Report on vaccination in Madras 1922-1929 - 1922-1929
Year: 1922
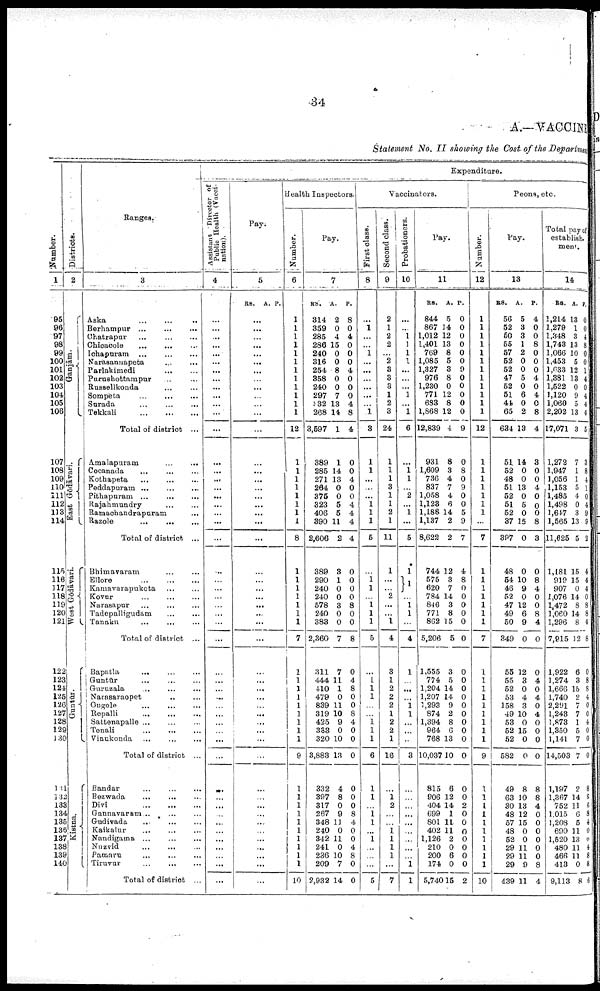
34
A.—VACCINE
Statement No. II showing the Cost of the Department
Number.
1
95
96
97
98
99
100
101
102
103
104
105
106
107
108
109
110
111
112
113
114
115
116
117
118
119
120
121
122
123
124
125
126
127
128
129
130
131
132
133
134
135
136
137
138
139
140
Districts.
2
Ganjām.
East Gōdāvari.
West Gōdāvari.
Guntūr.
Kistna.
Ranges.
3
Aska
...
...
...
Berhampur ...
...
...
Chatrapur ...
...
...
Chicacole ... ... ...
Ichapuram ... ... ...
Narasannapeta ... ...
Parlakimedi
...
...
...
Purushottampur ... ...
Russellkonda ... ...
Sompeta ... ... ...
Surada ... ... ...
Tekkali
...
...
...
Total of district ...
Amalapuram
...
...
Cocanada
...
... ...
Kothapeta
...
...
...
Peddapuram
...
...
...
Pithapuram ...
...
...
Rajahmundry ... ... ...
Ramachandrapuram ...
Razole
...
...
...
Total of district ...
Bhimavaram ... ...
Ellore
...
...
...
Kamavarapukota ... ...
Kovur
...
...
...
Narasapur
...
...
...
Tadepalligudam ... ...
Tanaku
...
...
...
Total of district ...
Bapatla
...
...
...
Guntūr
...
...
...
Guruzala ... ... ...
Narasaraopet
..
...
Ongole ... ... ...
Repalli
...
...
...
Sattenapalle ... ... ...
Tenali
...
...
...
Vinukonda ...
...
...
Total of district ...
Bandar
...
...
...
Bezwada
...
...
...
Divi ... ... ...
Gannavaram ... ... ...
Gudivada
...
...
...
Kaikalur
...
...
...
Nandigama ...
...
...
Nuzvid ... ... ...
Pamaru
...
...
...
Tiruvar
...
...
...
Total of district ...
Expenditure.
Assistant Director of
Public Health (Vacci
nation).
4
...
...
...
...
...
...
...
...
...
...
...
...
...
...
...
...
...
...
...
...
...
...
...
...
...
...
...
...
...
...
...
...
... ...
...
...
...
...
...
...
...
...
...
...
...
... ...
...
...
...
...
Pay.
5
RS. A. P.
...
...
...
...
...
...
...
...
...
...
...
...
...
...
...
...
...
...
...
...
...
...
...
...
...
...
...
...
...
...
...
...
...
...
...
...
...
...
...
...
...
...
...
...
...
...
...
...
...
...
...
Health Inspectors.
Number.
6
1
1
1
1
1
1
1
1
1
1
1
1
12
1
1
1
1
1
1
1
1
8
1
1
1
1
1
1
1
7
1
1
1
1
1
1
1
1
1
9
1
1
1
1
1
1
1
1
1
1
10
Pay.
7
RS.
314
359
285
286
240
316
254
358
240
297
332
268
3,597
389
285
271
264
375
323
406
390
2,606
389
290
240
240
578
240
383
2,360
311
444
410
479
839
319
425
333
320
3,883
332
397
317
267
348
240
342
241
236
209
2,932
A.
2
0
4
15
0
0
8
0
0
7
13
14
1
1
14
13
0
0
5
5
11
2
3
1
0
0
3
0
0
7
7
11
1
0
11
10
9
0
10
13
4
8
0
9
11
0
11
0
10
7
14
P.
8
0
4
0
0
0
4
0
0
0
4
8
4
0
0
4
0
0
4
4
4
4
0
0
0
0
8
0
0
8
0
4
8
0
0
8
4
0
0
0
0
0
0
8
4
0
0
4
8
0
0
Vaccinators.
First class.
8
...
1
...
...
1
...
...
...
...
...
...
1
3
1
1
...
...
...
1
1
1
5
...
1
1
...
1
1
1
5
...
1
1
1
...
...
1 1
1
6
1
1
...
1 1
...
1
...
...
...
5
Second class.
9
2
1
2
2
...
2
3
3
3
1
2
3
24
1
1
1
3
1
1
2
1
11
1
...
...
2
...
... 1
4
3
1
2
2
2
1
2
2
1
16
...
1 2
...
...
1
1
1
1
...
7
Probationers.
10
...
...
1
1
1
1
...
...
... 1
... 1
6
...
1 1
... 2
... 1
...
5
1
1
...
1 1
...
4
1
...
...
...
1
1
...
...
...
3
...
...
...
...
...
...
...
...
... 1
1
Pay.
11
RS.
844
867
1,012
1,401
769
1,085
1,327
976
1,230
771
683
1,868
12,839
931
1,609
736
837
1,058
1,123
1,188
1,137
8,622
744
575
620
784
846
771
862
5,206
1,555
774
1,204
1,207
1,293
874
1,394
964
768
10,037
815
906
404
699
801
402
1,126
210
200
174
5,740
A.
5
14
12
13
8
5
3
8
0
12
8
12
4
8
3
4
7
4
6
14
2
2
12
3
7
14
3
8
15
5
3
5
14
14
9
2
8
6
13
10
6
12
14
1
11
11
2
0
6
0
15
P.
0
0
0
0
0
0
9
0
0
0
0
0
9
0
8
0
9
0
0
5
9
7
4
8
0
0
0
0
0
0
0
0
0
0
0
0
0
0
0
0
0
0
2
0
0
0
0
0
0
0
2
Peons, etc.
Number.
12
1
1
1
1
1
1
1
1
1
1
1
1
12
1
1
1
1
1
1
1
...
7
1
1
1
1
1
1
1
7
1
1
1
1
1
1
1
1
1
9
1
1
1
1
1
1
1
1
1
1
10
Pay.
13
RS.
56
52
50
55
57
52
52
47
52
51
44
65
634
51
52
48
51
52
51
52
37
397
48
54
46
52
47
49
50
349
55
55
52
53
158
49
53
52
52
582
49
63
30
48
57
48
52
29
29
29
439
A.
5
3
3
1
2
0
0
5
0
6
0
2
13
14
0
0
13
0
5
0
15
0
0
10
9
0
12
6
9
0
12
3
0
4
3
10
0
15
0
0
8
10
13
12
15
0
0
11
11
9
11
P.
4
0
0
8
0
0
0
4
0
4
0
8
4
3
0
0
4
0
0
0
8
3
0
8
4
0
0
8
4
0
0
4
0
4
0
4
0
0
0
0
8
8
4
0
0
0
0
0
0
8
4
Total pay of
establish¬
memt.
14
RS.
1,214
1,279
1,348
1,743
1,066
1,453
1,633
1,381
1,522
1,120
1,060
2,202
17,071
1,272
1,947
1,056
1,153
1,485
1,498
1,647
1,565
11,625
1,181
919
907
1,076
1,472
1,060
1,296
7,915
1,922
1,274
1,666
1,740
2,291
1,243
1,873
1,350
1,141
14,503
1,197
1,367
752
1,015
1,208
690
1,520
480
466
413
9,113
A.
13
1
3
13
10
5
12
13
0
9
5
13
3
7
1
1
5
4
0
3
13
5
15
15
0
14
8
14
8
12
6
3
15
2
7
7
1
5
7
7
2
14
11
6
5
11
13
11
11
0
8
P.
0
0
4
8
0
0
1
4
0
4
4
4
5
3
8
4
1
0
4
9
9
2
4
4
4
0
8
8
4
8
0
8
8
4
0
0
4
0
0
0
8
8
6
8
4
0
0
4
8
8
6